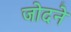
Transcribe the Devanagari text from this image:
जोदने